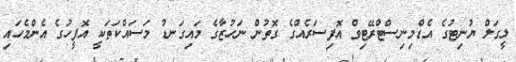
ލީގަލް ޔުނިޓުގެ އެޑްމިނިސްޓްރޭޓިވް އޮފިސަރެއްގެ ގޮތުން ނަހުޒާގެ މައިގަނޑު މަސައްކަތަކީ އޮފީހުގެ އެންމެހައި